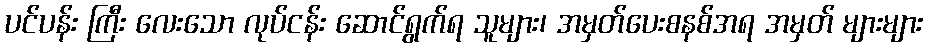
ပင်ပန်း ကြီး လေးသော လုပ်ငန်း ဆောင်ရွက်ရ သူများ၊ အမှတ်ပေးစနစ်အရ အမှတ် များများ